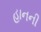
હાનની